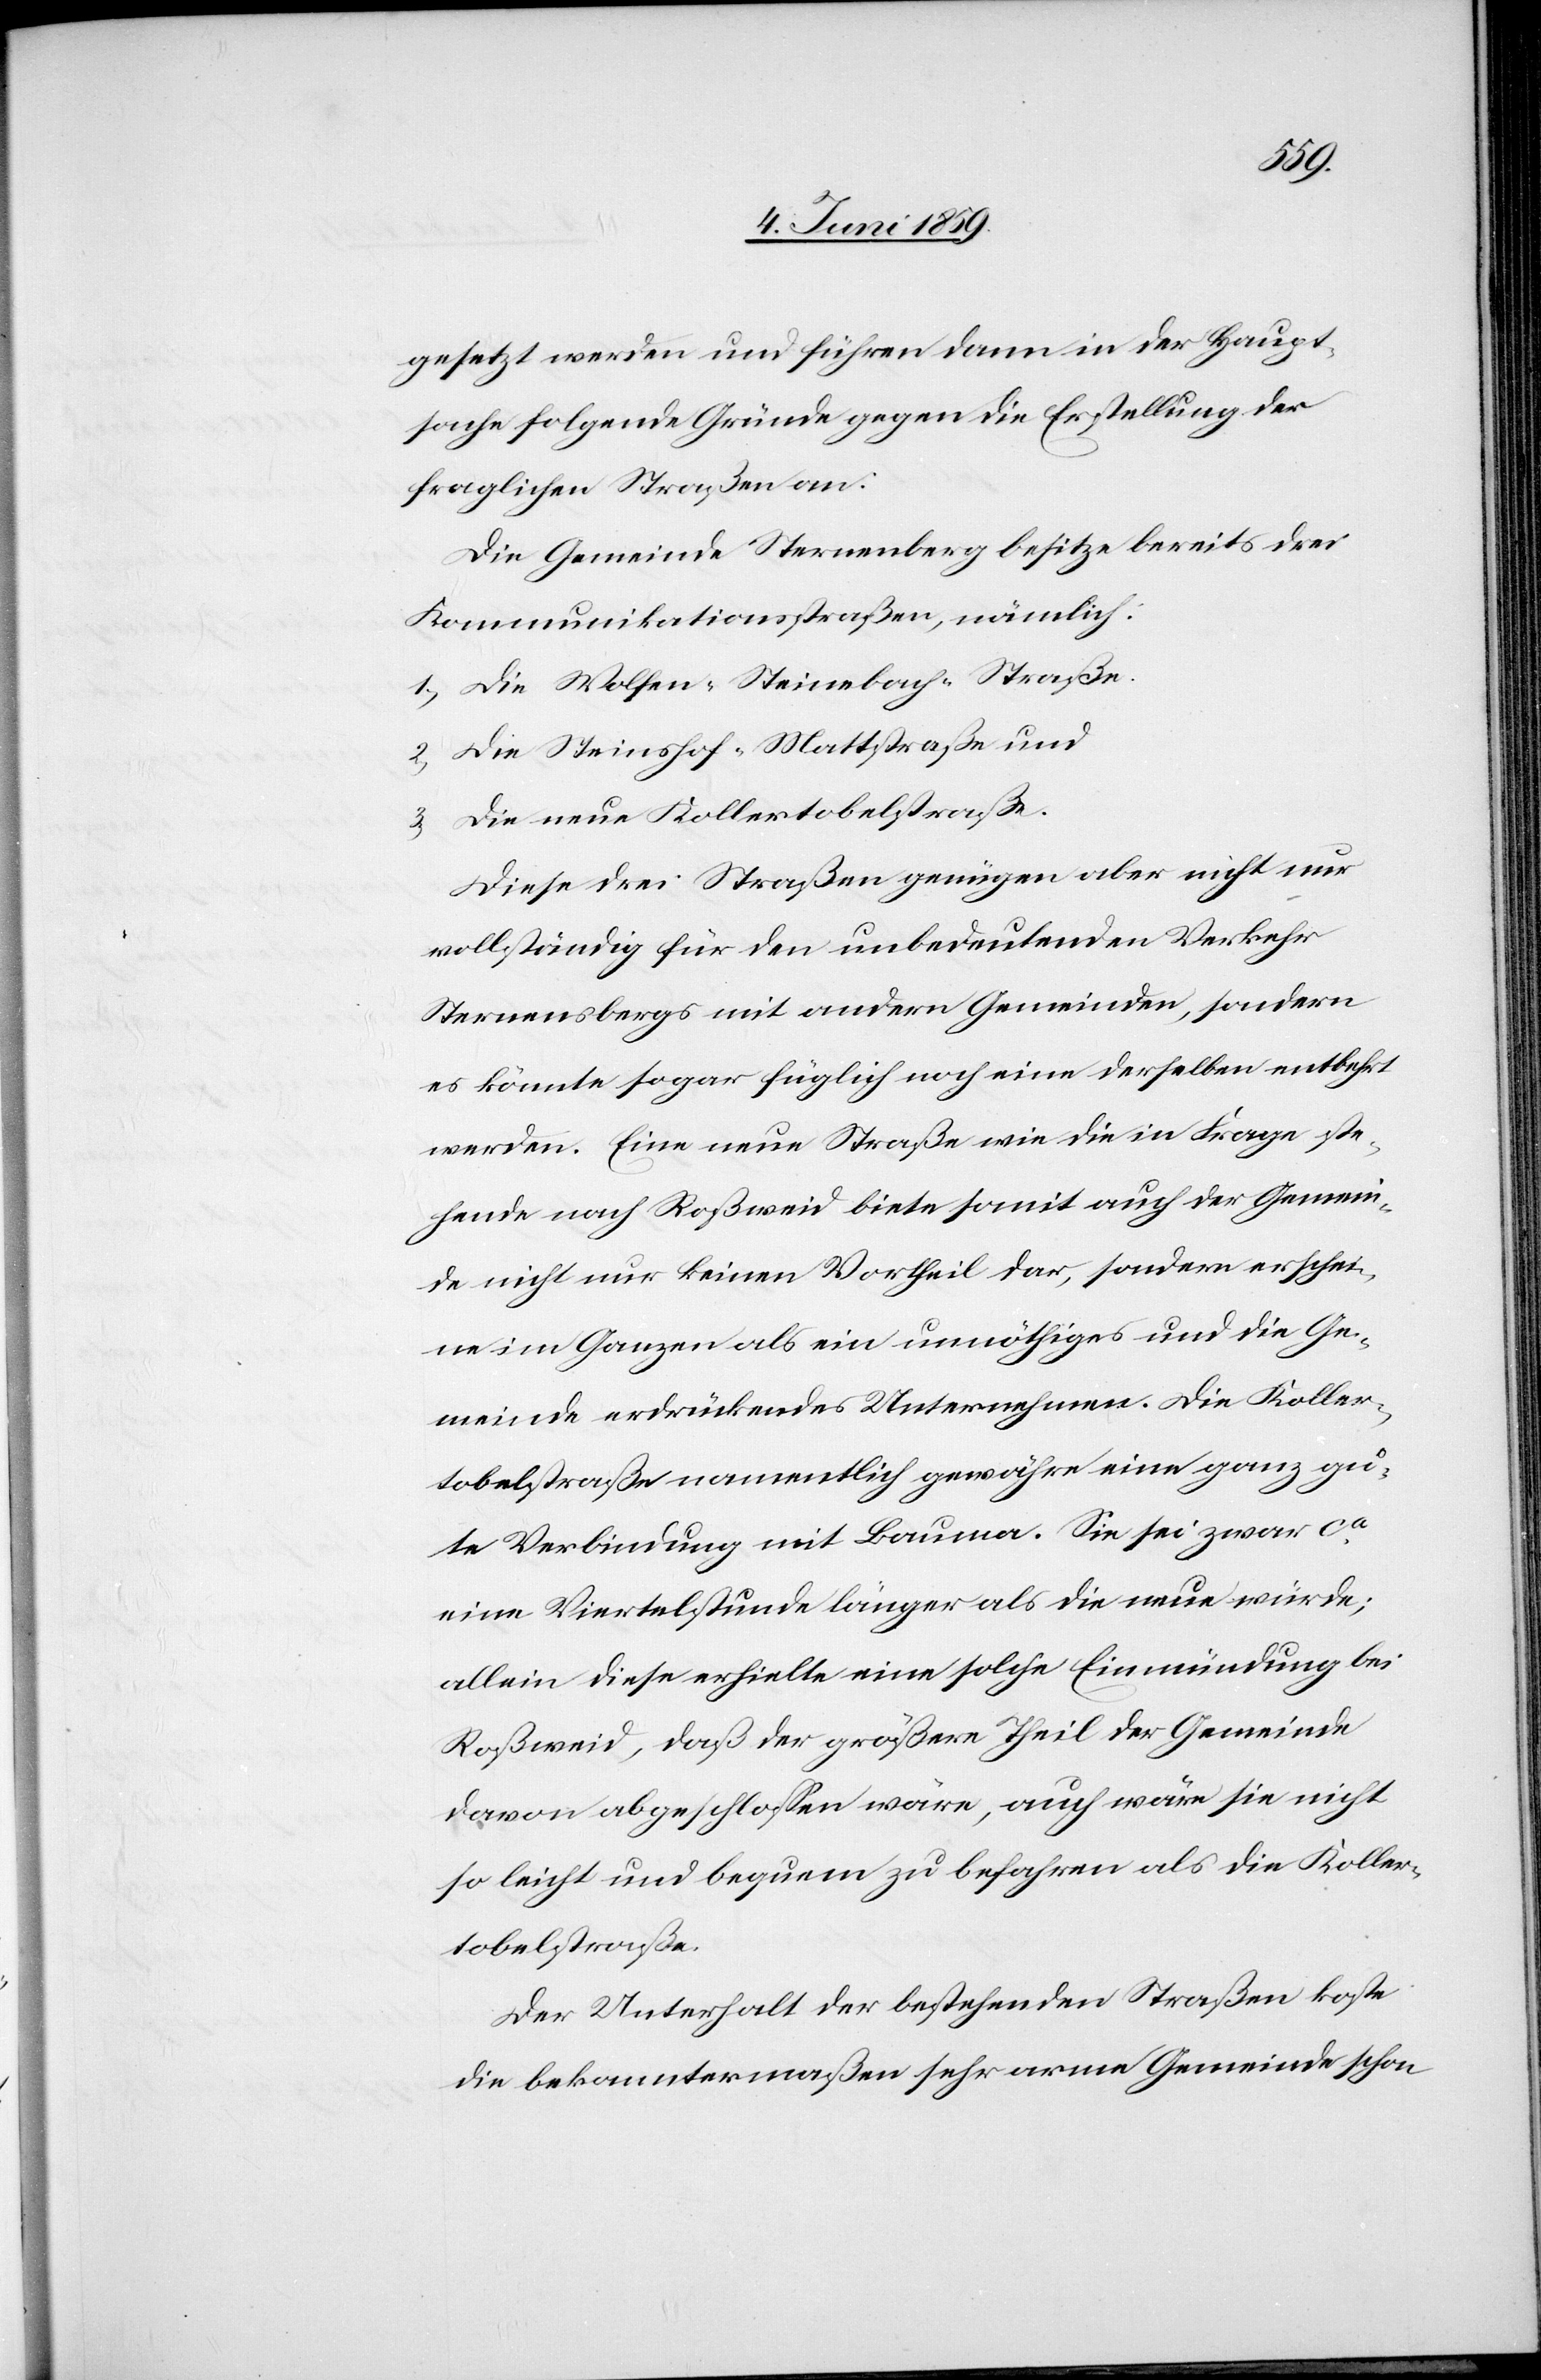
gesetzt werden und führen dann in der Haupt¬
sache folgende Gründe gegen die Erstellung der
fraglichen Straßen an:
Die Gemeinde Sternenberg besitze bereits drei
Kommunikationsstraßen, nämlich:
1) Die Wolfen-Steinebach-Straße.
2) Die Steinshof-Mattstraße und
3) Die neue Kollertobelstraße.
Diese drei Straßen genügen aber nicht nur
vollständig für den unbedeutenden Verkehr
Sternenbergs mit andern Gemeinden, sondern
es könnte sogar füglich noch eine derselben entbehrt
werden. Eine neue Straße wie die in Frage ste¬
hende nach Roßweid biete somit auch der Gemein¬
de nicht nur keinen Vortheil dar, sondern erschei¬
ne im Ganzen als ein unnöthiges und die Ge¬
meinde erdrückendes Unternehmen. Die Koller¬
tobelstraße namentlich gewähre eine ganz gu¬
te Verbindung mit Bauma. Sie sei zwar ca
eine Viertelstunde länger als die neue würde;
allein diese erhielte eine solche Einmündung bei
Roßweid, daß der größere Theil der Gemeinde
davon abgeschlossen wäre, auch wäre sie nicht
so leicht und bequem zu befahren als die Koller¬
tobelstraße.
Der Unterhalt der bestehenden Straßen koste
die bekanntermaßen sehr arme Gemeinde schon